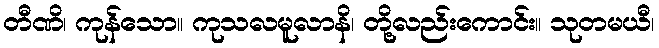
တီဏိ၊ ကုန်သော။ ကုသလမူလာနိ၊ တို့လည်းကောင်း။ သုတမယီ၊